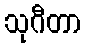
သုဂီတာ